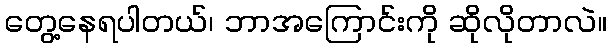
တွေ့နေရပါတယ်၊ ဘာအကြောင်းကို ဆိုလိုတာလဲ။